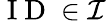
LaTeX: \mathrm{~I~D~}\in\mathcal{I}